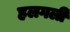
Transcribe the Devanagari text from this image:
हलगली